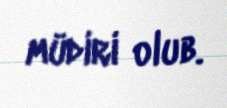
müdiri olub.